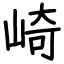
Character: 崎